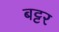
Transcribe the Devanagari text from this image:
बट्टर